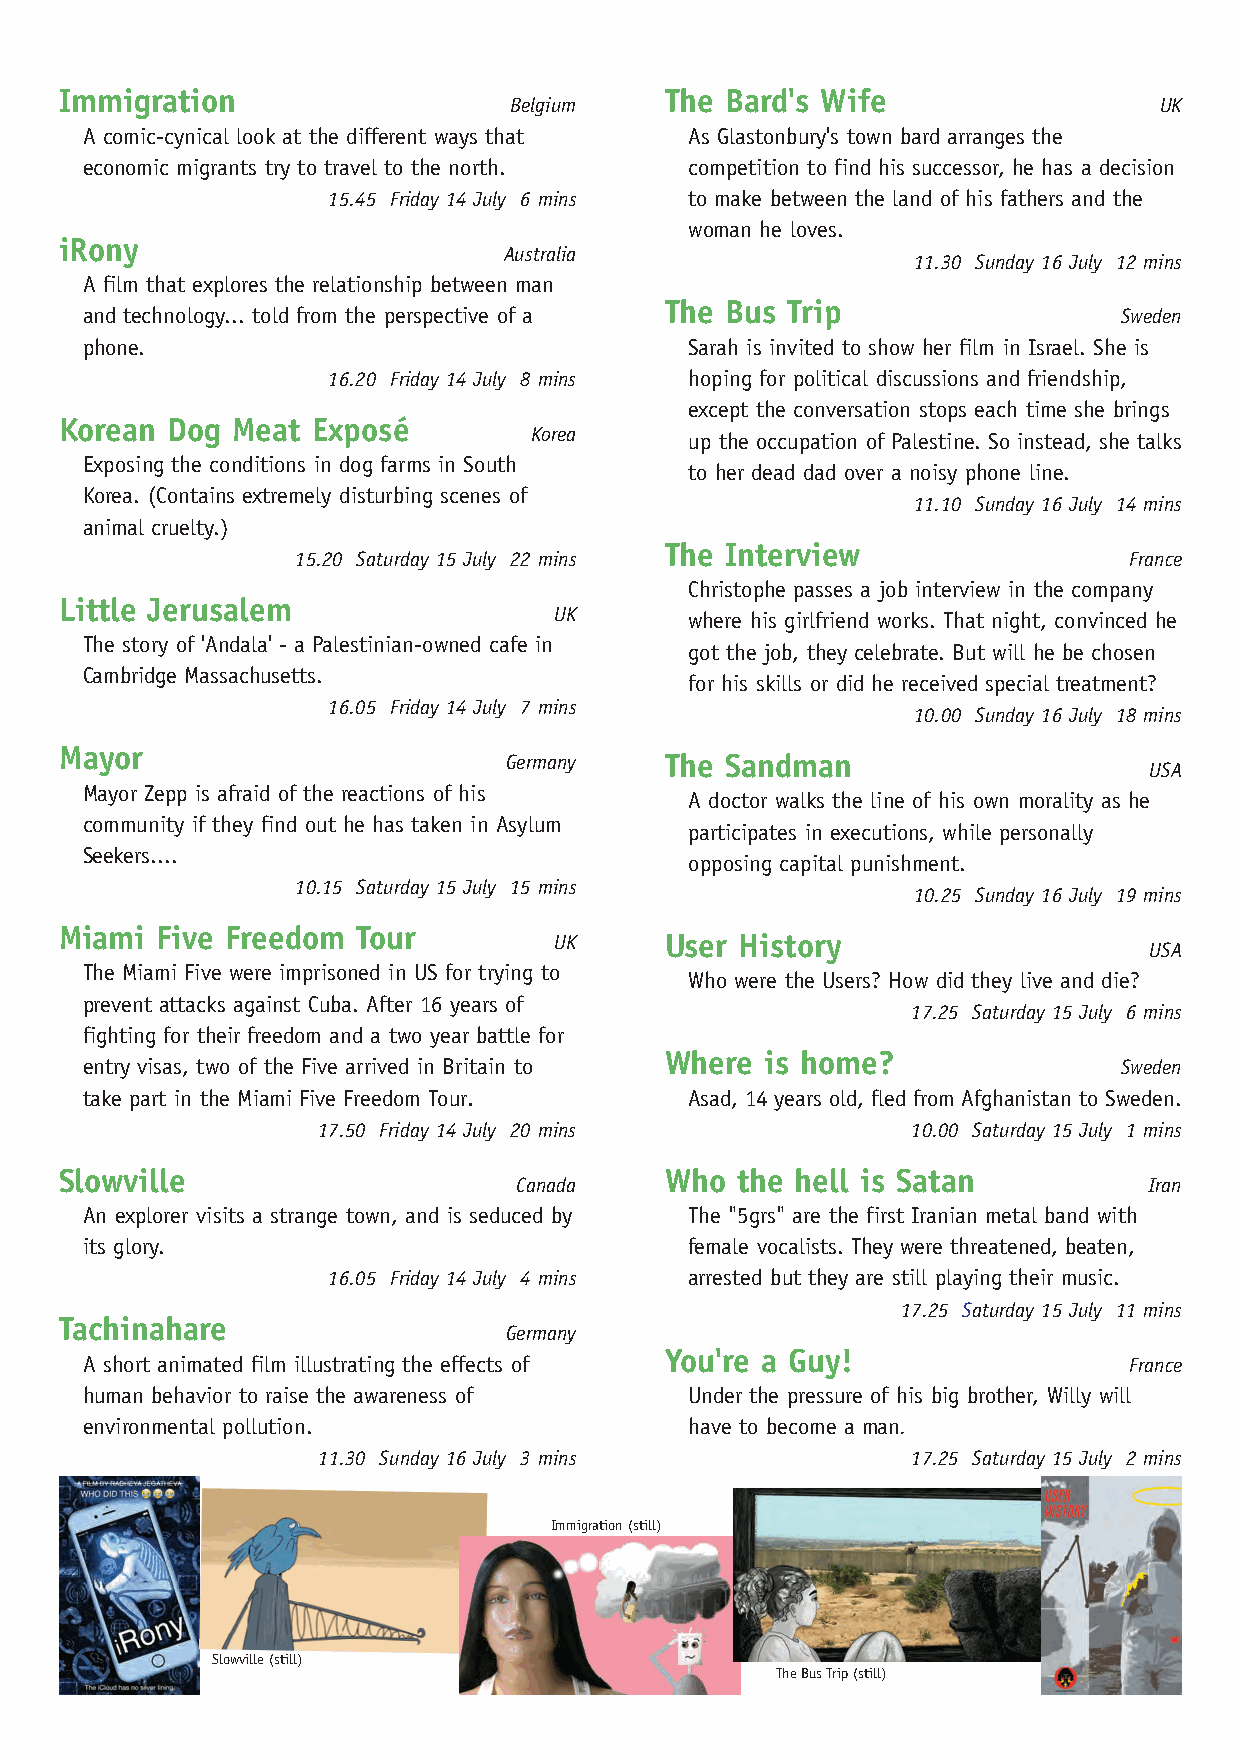
Immigration                             The Bard's Wife
 Belgium                                    UK
 A comic-cynical look at the different ways that As Glastonbury's town bard arranges the
 economic migrants try to travel to the north. competition to find his successor, he has a decision
 15.45 Friday 14 July 6 mins to make between the land of his fathers and the
 woman he loves.
 iRony
 Australia
 11.30 Sunday 16 July 12 mins
 A film that explores the relationship between man
 The Bus Trip
 and technology... told from the perspective of a                     Sweden
 phone.                                   Sarah is invited to show her film in Israel. She is
 16.20 Friday 14 July 8 mins hoping for political discussions and friendship,
 except the conversation stops each time she brings
 Korean Dog Meat  Exposé
 Korea      up the occupation of Palestine. So instead, she talks
 Exposing the conditions in dog farms in South
 to her dead dad over a noisy phone line.
 Korea. (Contains extremely disturbing scenes of
 11.10 Sunday 16 July 14 mins
 animal cruelty.)
 The Interview
 15.20 Saturday 15 July 22 mins                         France
 Christophe passes a job interview in the company
 Little Jerusalem
 UK       where his girlfriend works. That night, convinced he
 The story of 'Andala' - a Palestinian-owned cafe in
 got the job, they celebrate. But will he be chosen
 Cambridge Massachusetts.
 for his skills or did he received special treatment?
 16.05 Friday 14 July 7 mins
 10.00 Sunday 16 July 18 mins
 Mayor
 Germany    The Sandman
 USA
 Mayor Zepp is afraid of the reactions of his
 A doctor walks the line of his own morality as he
 community if they find out he has taken in Asylum
 participates in executions, while personally
 Seekers....
 opposing capital punishment.
 10.15 Saturday 15 July 15 mins
 10.25 Sunday 16 July 19 mins
 Miami Five Freedom  Tour
 UK     User History
 USA
 The Miami Five were imprisoned in US for trying to
 Who were the Users? How did they live and die?
 prevent attacks against Cuba. After 16 years of
 17.25 Saturday 15 July 6 mins
 fighting for their freedom and a two year battle for
 Where  is home?
 entry visas, two of the Five arrived in Britain to                   Sweden
 take part in the Miami Five Freedom Tour. Asad, 14 years old, fled from Afghanistan to Sweden.
 17.50 Friday 14 July 20 mins           10.00 Saturday 15 July 1 mins
 Slowville                               Who  the hell is Satan
 Canada                                    Iran
 An explorer visits a strange town, and is seduced by The "5grs" are the first Iranian metal band with
 its glory.                               female vocalists. They were threatened, beaten,
 16.05 Friday 14 July 4 mins arrested but they are still playing their music.
 17.25 Saturday 15 July 11 mins
 Tachinahare
 Germany
 You're a Guy!
 A short animated film illustrating the effects of                     France
 human behavior to raise the awareness of Under the pressure of his big brother, Willy will
 environmental pollution.                 have to become a man.
 11.30 Sunday 16 July 3 mins            17.25 Saturday 15 July 2 mins
 Immigration (still)
 Slowville (still)
 TheBus Trip (still)